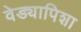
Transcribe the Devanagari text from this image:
वेड्यापिशा